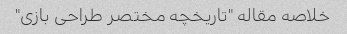
خلاصه مقاله "تاریخچه مختصر طراحی بازی"